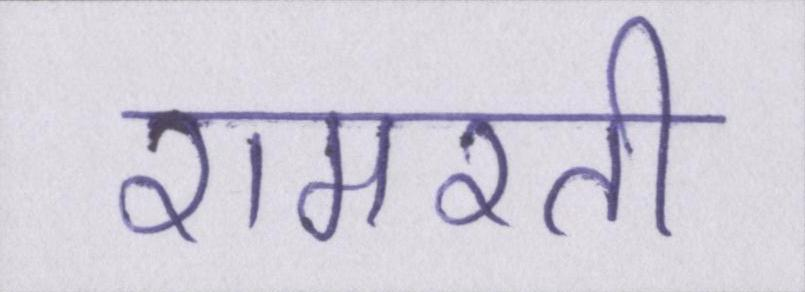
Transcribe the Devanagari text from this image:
रामरती